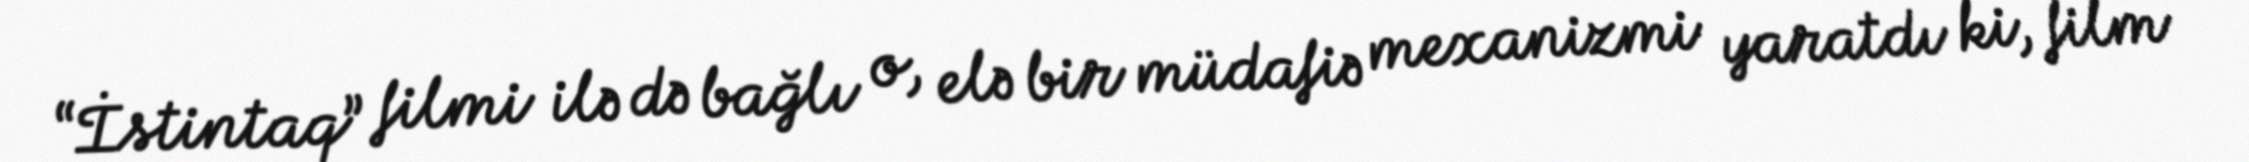
“İstintaq” filmi ilə də bağlı o, elə bir müdafiə mexanizmi yaratdı ki, film